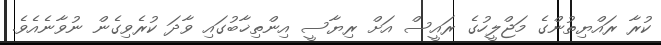
ކުރާ ރައްޔިތުންގެ މަޖްލީހުގެ ރައީސް އަށް ރިޔާސީ އިންތިޚާބުގައި ވާދަ ކުރެވިގެން ނުވާނެއެވެ.